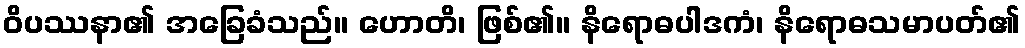
ဝိပဿနာ၏ အခြေခံသည်။ ဟောတိ၊ ဖြစ်၏။ နိရောဓပါဒကံ၊ နိရောဓသမာပတ်၏